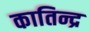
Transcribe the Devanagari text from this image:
कातिन्द्र